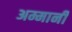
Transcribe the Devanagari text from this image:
अम्मानी